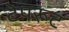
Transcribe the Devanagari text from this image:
टेपरूट